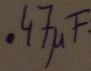
Text: .47µF